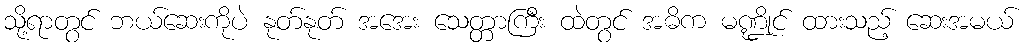
သို့ရာတွင် ဘယ်ဆေးကိုပဲ နုတ်နုတ် အအေး သေတ္တာကြီး ထဲတွင် အဓိက မဏ္ဍိုင် ထားသည့် ဆေးအမယ်